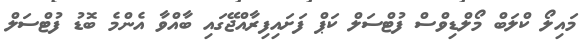
މައިލޯ ކްލަބް މޯލްޑިވްސް ފުޓްސަލް ކަޕް ފަށައިފިރާއްޖޭގައި ބާއްވާ އެންމެ ބޮޑު ފުޓްސަލް